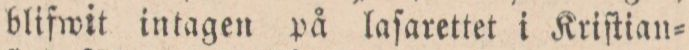
blifwit intagen på laſarettet i Kriſtian=